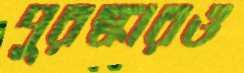
পুরস্কারও